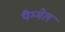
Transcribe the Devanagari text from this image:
पैम्मेल